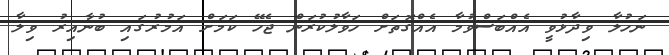
ނަހުލާ ވިދާޅުވީ އެއްބަސްވުމާ އެއްގޮތަށް ހަވާލުކުރަން ޖެހޭ ކަމަށް އަމުރުގައި ބުނާއިރު ވިލާ